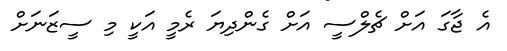
އެ ޖާގަ އަށް ޗެލްސީ އަށް ގެންދިޔަ ރެމީ އަކީ މި ސީޒަނަށް